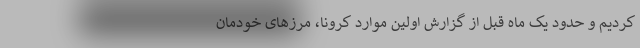
کردیم و حدود یک ماه قبل از گزارش اولین موارد کرونا، مرزهای خودمان